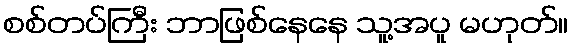
စစ်တပ်ကြီး ဘာဖြစ်နေနေ သူ့အပူ မဟုတ်။